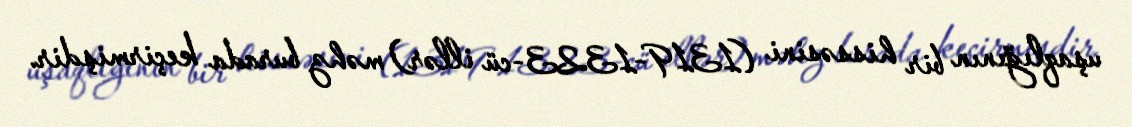
uşaqlığının bir hissəsini (1319-1323-cü illər) məhz burada keçirmişdir.